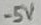
Text: -5V